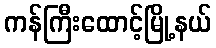
ကန်ကြီးထောင့်မြို့နယ်